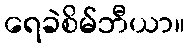
ရေခဲစိမ်ဘီယာ။